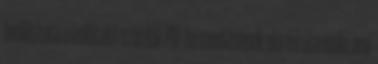
beállítható a kiállított számlák PDF-be mentésének elérési útvonala, ami